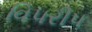
વિપરીપ